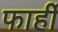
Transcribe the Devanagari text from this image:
फार्ही